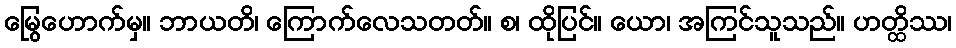
မြွေဟောက်မှ။ ဘာယတိ၊ ကြောက်လေသတတ်။ စ၊ ထိုပြင်။ ယော၊ အကြင်သူသည်။ ဟတ္ထိဿ၊